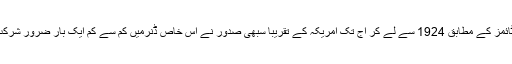
نیویارک ٹائمز کے مطابق 1924 سے لے کر آج تک امریکہ کے تقریباً سبھی صدور نے اس خاص ڈنرمیں کم سے کم ایک بار ضرور شرکت کی ہے۔